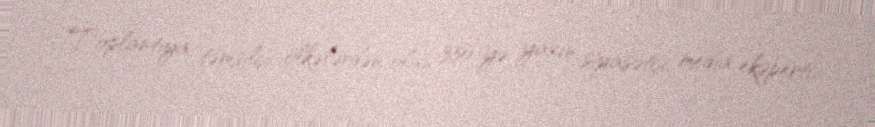
Toplantıya təmsilçi ölkələrdən olan 350-yə yaxın siyasətçi, media eksperti,